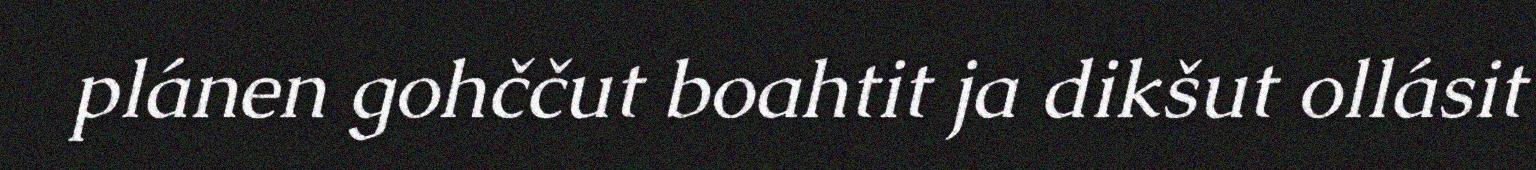
plánen gohččut boahtit ja dikšut ollásit